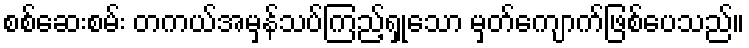
စစ်ဆေးစမ်း တကယ်အမှန်သပ်ကြည့်ရှုသော မှတ်ကျောက်ဖြစ်ပေသည်။